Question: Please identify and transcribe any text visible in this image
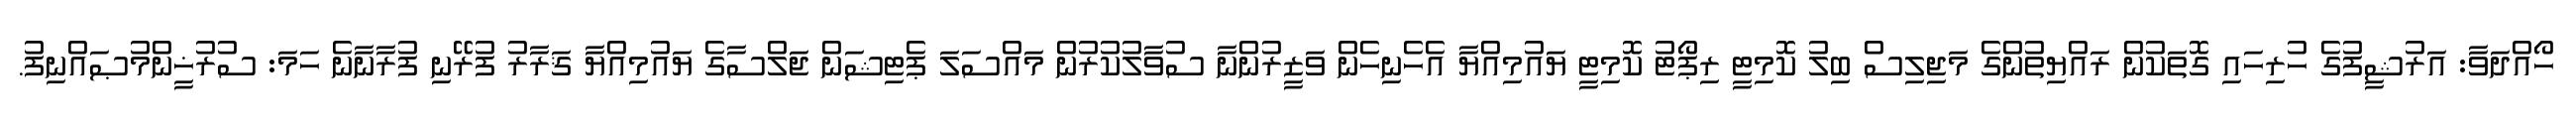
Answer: ހޯއްދަވާ: އަރުޝީފުގެ ހުރިހައި ގޮތަކުން ރައްޔިތުންގެ މަޖިލިސް ބިލު ކޮމިޓީ ރިޕޯޓު ކޮމިޓީ ޔައުމިއްޔާ އެހެނިހެން ވަޒީރުންނާ ސުވާލުކުރުން މައްސަލަ ޕެޓިޝަން ޖަލްސާގެ ޔައުމިއްޔާ ޤަރާރު ފުރޭނި ފުރާނާނެ ހަމަ: ސުރުޚީންމުޞައްނިފު.